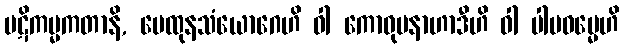
ပဋိကမ္မကတာနိ, မေထုနသံယောဂေဟိ ဝါ ကောဓုပနာဟာဒီဟိ ဝါ ပါပဓမ္မေဟိ